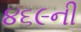
૪૬૯ની